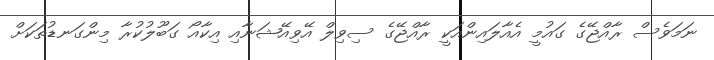
ނަމަވެސް ރާއްޖޭގެ ގައުމީ އެއާލައިންއަކީ ރާއްޖޭގެ ސިވިލް އޭވިއޭޝަނާއި އިކާއޯ ގަބޫލުކުރާ މިންގަނޑުތަކަށް